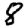
Digit: 8